Medical and sanitary report of the native army of Bengal for the year
Year: 1876
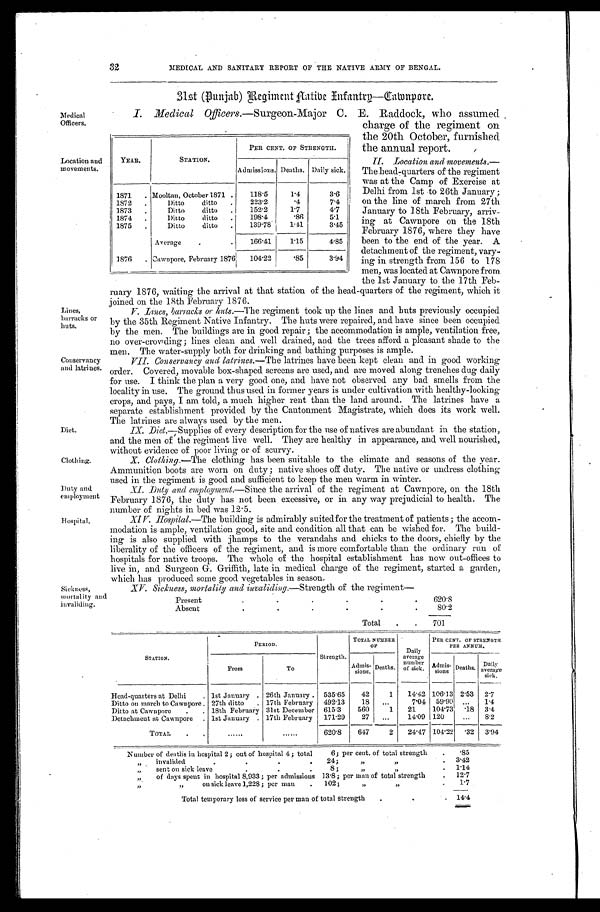
Medical
Officers.
Location and
movements.
Lines,
barracks or
huts.
Conservancy
and latrines.
Diet.
Clothing.
Duty and
employment
Hospital.
32
MEDICAL AND SANITARY REPORT OF THE NATIVE ARMY OF BENGAL.
31st (Punjab) Regiment Aative Infantry—Cawnpore.
I. Medical 0fficers.—Surgeon-Major C. E. Raddock, who assumed
charge of the regiment on
the 20th October, furnished
the annual report.
II. Location and movements.—
The head-quarters of the regiment
was at the Camp of Exercise at
Delhi from 1st to 26th January ;
on the line of march from 27th
January to 18th February, arriv-
ing at Cawnpore on the 18th
February 1876, where they have
been to the end of the year. A
detachment of the regiment, vary-
ing in strength from 156 to 178
men, was located at Cawnpore from
the 1st January to the 17th Feb-
ruary 1876, waiting the arrival at that station of the head-quarters of the regiment, which it
joined on the 18th February 1876.
V. Lines, barracks or huts.—The regiment took up the lines and huts previously occupied
by the 35th Regiment Native Infantry. The huts were repaired, and have since been occupied
by the men. The buildings are in good repair ; the accommodation is ample, ventilation free,
no over-crowding; lines clean and well drained, and the trees afford a pleasant shade to the
men. The water-supply both for drinking and bathing purp
oses is ample.
_
_
_
VII. Conservancy and latrines.— The latrines have been kept clean and in good working
order. Covered, movable box-shaped screens are used, and are moved along trenches dug daily
for use. I think the plan a very good one, and have not observed any bad smells from the
locality in use. The ground thus used in former years is under cultivation with healthy-looking
crops, and pays, I am told, a much higher rent than the land around. The latrines have a
separate establishment provided by the Cantonment Magistrate, which does its work well.
The latrines are always used by the men.
IX. Diet. —Supplies of every description for the use of natives are abundant in the station,
and the men of the regiment live well. They are healthy in appearance, and well nourished,
without evidence of poor living or of scurvy.
X. Clothing .—The clothing has been suitable to the climate and seasons of the year.
Ammunition boots are worn on duty ; native shoes off duty. The native or undress clothing
used in the regiment is good and sufficient to keep the men warm in winter.
XI. Duty and employment.— Since the arrival of the regiment at Cawnpore, on the 18th
February 1876, the duty has not been excessive, or in any way prejudicial to health. The
number of nights in bed was 12.5.
XIV. Hospital.—The building is admirably suitedfor the treatment of patients ; the accom-
modation is ample, ventilation good, site and condition all that can be wished for. The build-
ing is also supplied with jhamps to the verandahs and chicks to the doors, chiefly by the
liberality of the officers of the regiment, and is more comfortable than the ordinary run of
hospitals for native troops. The whole of the hospital establishment has now out-offices to
live in, and Surgeon G. Griffith, late in medical charge of the regiment, started a garden,
which has produced some good veget
a
bles in season.
YEAR.
STATION.
PER CENT. OF STRENGTH.
Admissions. Deaths. Daily sick.
1871
. Mooltan, October 1871 .
1 1 8 . 5
1.4
3 . 6
1872
.
Ditto
ditto
.
223.2
. 4
7.4
1873
.
Ditto
ditto
.
152.2
1.7
4.7
1874
.
Ditto
ditto
.
198.4
.86
5.1
1875
.
Ditto
ditto
.
139.78
1 . 4 1
3.45
Average
.
.
166.41
1.15
4.85
1876
. Cawnpore, February 1876
104.22
.85
3.94
Sickness,
mortality and
invaliding.
XV. Sickness, mortality and invaliding.—Strength of the regiment—
Present
.
.
.
.
.
.
6 2 0 . 8
Absent
.
.
.
.
.
.
80.2
Total
.
.
701
STATION.
-
PERIOD.
Strength.
TOTAL NUMBER
0 F
Daily
average
n u m b e r o f
sick.
PER CENT. OF STRENGTH
PER ANNUM.
From
To
Admissions. Deaths.
Admissions. Deaths.
Daily
average
sick.
Head-quarters at Delhi
. 1st January . 26th January . 535.65
42
1
14.42 106.13 2.53
2.7
Ditto on march to Cawnpore . 27th ditto
. 17th February
492.13
18
...
7.04 59.90 ...
1.4
Ditto at Cawnpore
.
. 18th February 31st December 615.3
560
1
21
104.73
.18
3.4
Detachment at Cawnpore
. 1st January . 17th February
171.29
27
...
14.09 120
...
8.2
TOTAL
•
•
. . . . . .
......
620.8
647
2 24.47 104.22 .32 3.94
Number of deaths in hospital 2; out of hospital 4; total
6; per cent. of total strength
.
.85
2 ,
invalided
.
24;
,,
,,
.
3.42
, ,
sent on sick leave
.
8 ;
.
33
1.14
1,
of days spent in hospital 8.933 ; per admissions
1 3 . 8
; per man of total strength
.
12.7
12
,f
on sick leave 1,228; per man
.
102;
1.,
7,
•
1.7
Total temporary loss of service per man of t o t a l s t r e n g t h . . .
14.4